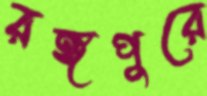
রঙ্গপুরে